Annual returns of the Patna Lunatic Asylum at Bankipore in Bihar and Orissa - 1912-1924
Year: 1912
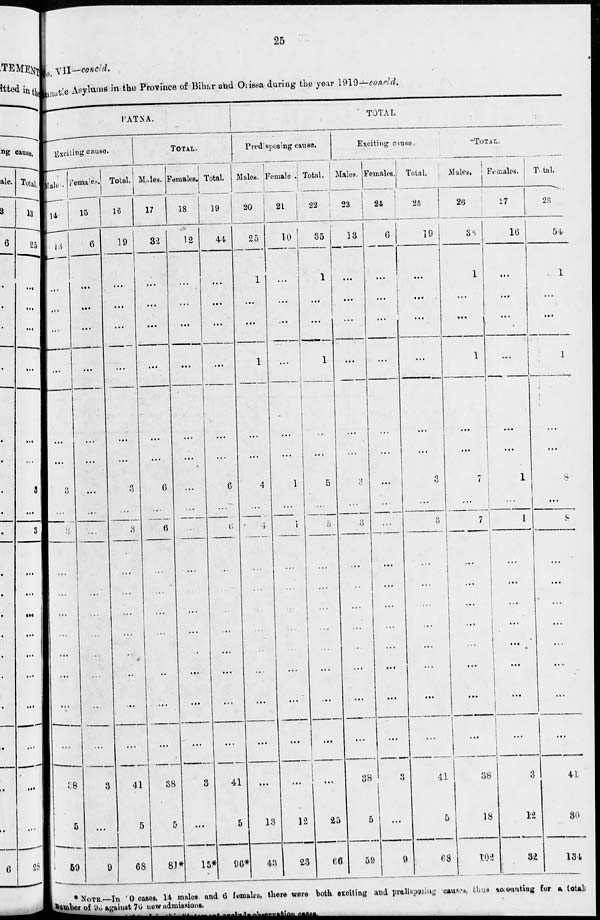
25
No. VII—concld.
Lunatic Asylums in the Province of Bihar and Orissa during the year 1919—concld.
PATNA.
Exciting cause.
Male.
14
13
...
...
...
...
...
...
3
...
3
...
...
...
...
...
...
...
...
38
5
59
Females.
15
6
...
...
...
...
...
...
...
...
...
...
...
...
...
...
...
...
...
3
...
9
Total.
16
19
...
...
...
...
...
...
3
...
3
...
...
...
...
...
...
...
...
41
5
68
TOTAL.
Males.
17
32
...
...
...
...
...
...
6
...
6
...
...
...
...
...
...
...
...
38
5
81*
Females.
18
12
...
...
...
...
...
...
...
...
...
...
...
...
...
...
...
...
...
3
...
15*
Total.
19
44
...
...
...
...
...
...
6
...
6
...
...
...
...
...
...
...
...
41
5
96*
TOTAL
Predisposing cause.
Males.
20
25
1
...
...
1
...
...
4
...
4
...
...
...
...
...
...
...
...
...
13
43
Females.
21
10
...
...
...
...
...
...
1
...
1
...
...
...
...
...
...
...
...
...
12
23
Total.
22
35
1
...
...
1
...
...
5
...
5
...
...
...
...
...
...
...
...
...
25
66
Exciting cause.
Males.
23
13
...
...
...
...
...
...
3
...
3
...
...
...
...
...
...
...
...
38
5
59
Females.
24
6
...
...
...
...
...
...
...
...
...
...
...
...
...
...
...
...
...
3
...
9
Total.
25
19
...
...
...
...
...
...
3
...
3
...
...
...
...
...
...
...
...
41
5
68
TOTAL.
Males.
26
38
1
...
...
1
...
...
7
...
7
...
...
...
...
...
...
...
...
38
18
102
Females.
27
16
...
...
...
...
...
...
1
...
1
...
...
...
...
...
...
...
...
3
12
32
Total.
28
54
1
...
...
1
...
...
8
...
8
...
...
...
...
...
...
...
...
41
30
134
* NOTE.—In 20 cases. 14 males and 6 females, there were both exciting and predisposing causes, thus accounting for a to tatal
number of 96 against 76 new admissions.